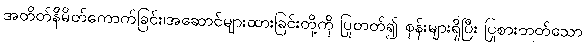
အတိတ်နိမိတ်ကောက်ခြင်း၊အဆောင်များထားခြင်းတို့ကို ပြုတတ်၍ စုန်းများရှိပြီး ပြုစားတတ်သော